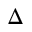
\Delta